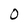
Character: O